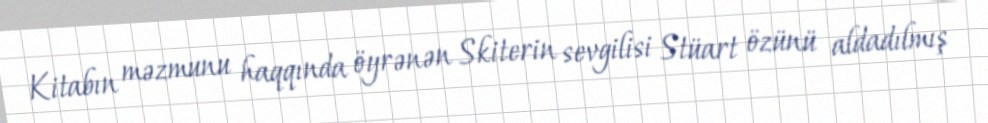
Kitabın məzmunu haqqında öyrənən Skiterin sevgilisi Stüart özünü aldadılmış